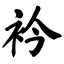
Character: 衿